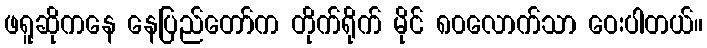
ဖရူဆိုကနေ နေပြည်တော်က တိုက်ရိုက် မိုင် ၈၀လောက်သာ ဝေးပါတယ်။